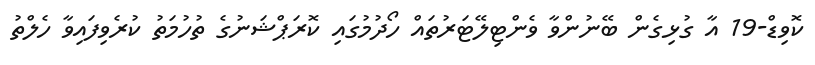
ކޮވިޑް-19 އާ ގުޅިގެން ބޭނުންވާ ވެންޓިލޭޓަރުތައް ހޯދުމުގައި ކޮރަޕްޝަނުގެ ތުހުމަތު ކުރެވިފައިވާ ހެލްތު